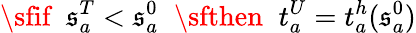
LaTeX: {\sfif}\; \; \mathfrak{s}_{a}^{T}<\mathfrak{s}_{a}^{0}\; \; {\sfthen}\; \; t_{a}^{U}=t_{a}^{h}(\mathfrak{s}_{a}^{0})